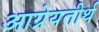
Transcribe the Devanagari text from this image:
आग्नेयतीर्थ